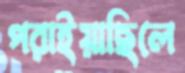
পরাইয়াছিলে